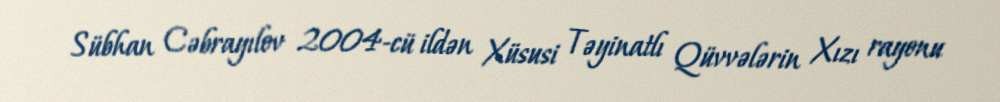
Sübhan Cəbrayılov 2004-cü ildən Xüsusi Təyinatlı Qüvvələrin Xızı rayonu